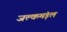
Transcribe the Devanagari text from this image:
जल्कमंड़ल